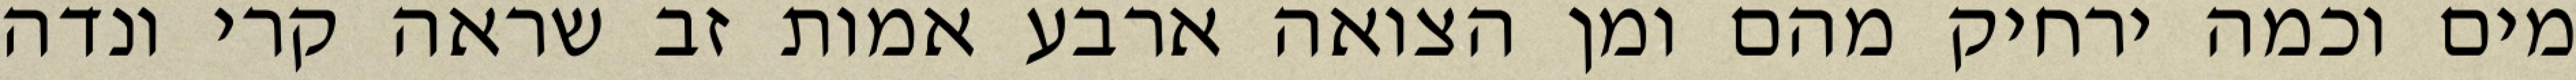
מים וכמה ירחיק מהם ומן הצואה ארבע אמות זב שראה קרי ונדה